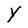
Character: Y